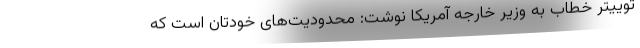
توییتر خطاب به وزیر خارجه آمریکا نوشت: محدودیت‌های خودتان است که